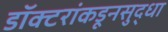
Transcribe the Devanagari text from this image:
डॉक्टरांकडूनसुद्धा